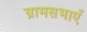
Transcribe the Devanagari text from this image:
ग्रामसभाएँ